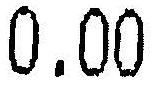
0.00